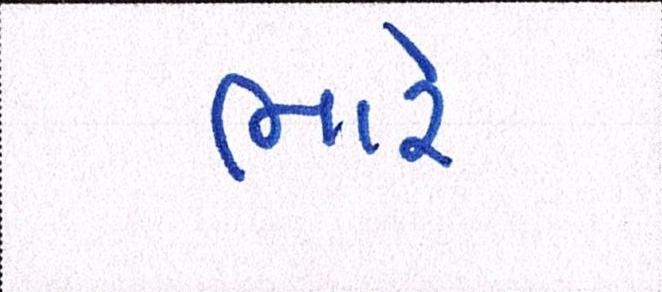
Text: ભારે